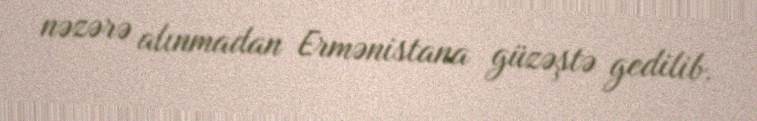
nəzərə alınmadan Ermənistana güzəştə gedilib.